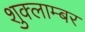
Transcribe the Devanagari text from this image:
शुक्लाम्बर